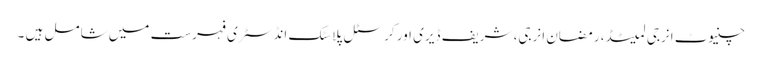
چنیوٹ انرجی لمیٹڈ، رمضان انرجی، شریف ڈیری اور کرسٹل پلاسٹک انڈسٹری فہرست میں شامل ہیں ۔